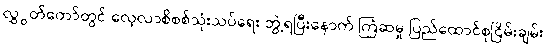
လွှွတ်တော်တွင် လေ့လာစိစစ်သုံးသပ်ရေး ဘွဲ့ရပြီးနောက် ကြံဆမှု ပြည်ထောင်စုငြိမ်းချမ်း